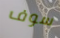
سوف